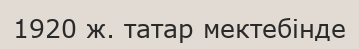
1920 ж. татар мектебінде